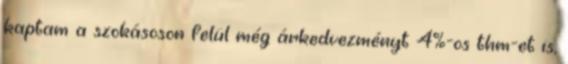
kaptam a szokásoson felül még árkedvezményt 4%-os thm-et is,